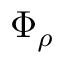
\Phi _ { \rho }